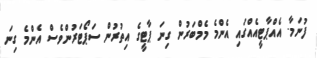
ފުނަމާ. އެއްޕާޓީއެއްގައި އެންމެ މެމްބަރުން ގިނަ ޕާޓީގެ އިތުރުން ސަޕޯޓަރުންވެސް އެންމެ ގިނަ